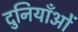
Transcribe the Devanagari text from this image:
दुनियाँओं